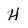
Character: H